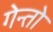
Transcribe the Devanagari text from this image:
गेन्तो